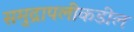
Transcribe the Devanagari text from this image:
समुद्रापलीकडील